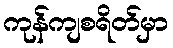
ကုန်ကျစရိတ်မှာ